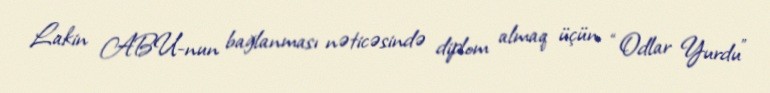
Lakin ABU-nun bağlanması nəticəsində diplom almaq üçün “Odlar Yurdu”